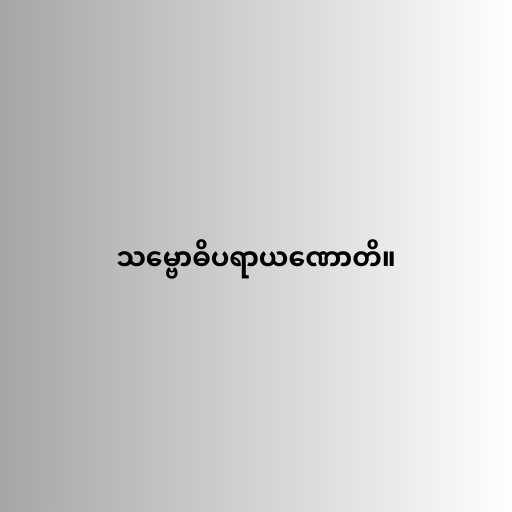
သမ္ဗောဓိပရာယဏောတိ။